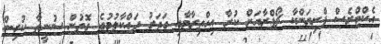
އެކްޓްރެސް ޕްރިޔަންކާ ޗޯޕްރާއަށް ކުރާ އިހްތިރާމާއި ގަދަރު ދައްކާލުމުގެ ގޮތުން ސުނީތާ ކުރިން